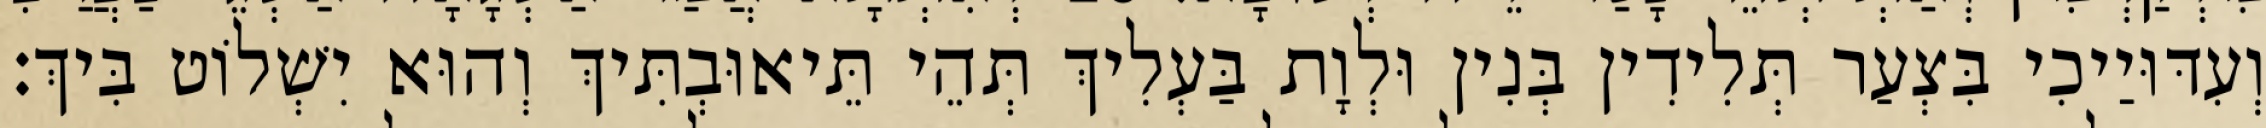
וְעִדּוּיַיכִי בִּצְעַר תְּלִידִין בְּנִין וּלְוָת בַּעְלִיךְ תְּהֵי תֵּיאוּבְתִּיךְ וְהוּא יִשְׁלוֹט בִּיךְ׃